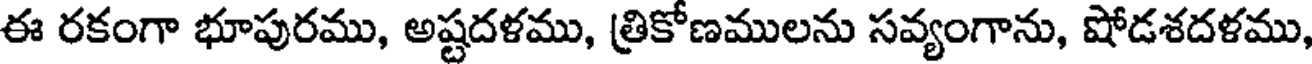
ఈ రకంగా భూపురము, అష్టదళము, త్రికోణములను సవ్యంగాను, షోడశదళము,